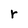
Character: r